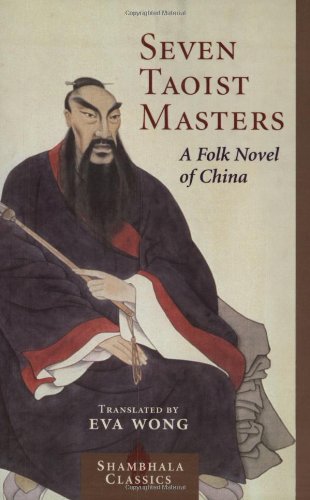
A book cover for Seven Taoist Masters: A Folk Novel of China (Shambhala Classics); Religion & Spirituality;